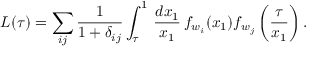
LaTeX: { \cal L } ( \tau ) = \sum _ { i j } \displaystyle { \frac { 1 } { 1 + \delta _ { i j } } } \int _ { \tau } ^ { 1 } \, \displaystyle { \frac { d x _ { 1 } } { x _ { 1 } } } \, f _ { w _ { i } } ( x _ { 1 } ) f _ { w _ { j } } \left( \displaystyle { \frac { \tau } { x _ { 1 } } } \right) .